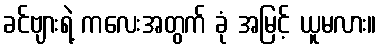
ခင်ဗျားရဲ့ ကလေးအတွက် ခုံ အမြင့် ယူမလား။